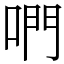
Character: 𠵘